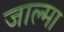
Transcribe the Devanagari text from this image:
जाल्मा